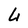
Character: L